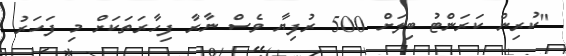
"ކުރިން ކަރަންޓު ބިލަށް 500 ރުފިޔާ ވެސް ނާރާ ފިހާރަތަކަށް މި ފަހަރު